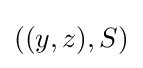
((y,z),S)